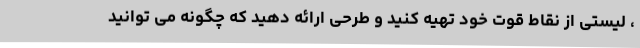
، لیستی از نقاط قوت خود تهیه کنید و طرحی ارائه دهید که چگونه می توانید